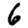
Digit: 6